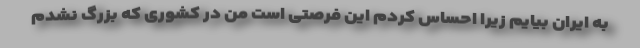
به ایران بیایم زیرا احساس کردم این فرصتی است من در کشوری که بزرگ نشدم